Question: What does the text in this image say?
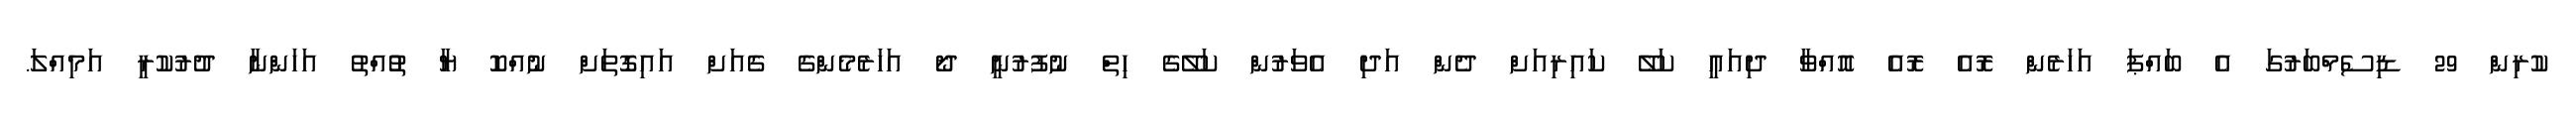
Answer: ކުރިން 29 ޑިސެމްބަރުގަ އެ ބައްޕަ އަހަރެން ރޮއެ ރޮއެ އޮއްވާ ދިއައީ ކަލޭ ކައިރިއަށް ދެން އަދި އެވަރުން ކަލޭގެ ހިތް ނުފުރުނީ ދޯ އަހަރެމެންގެ ގެއަށް އައިގޮތަށް ނުއްކޮ ޔާ ތުުއްތު އަހަންނާ ދުރުކުރީ އަމިއްލަ.